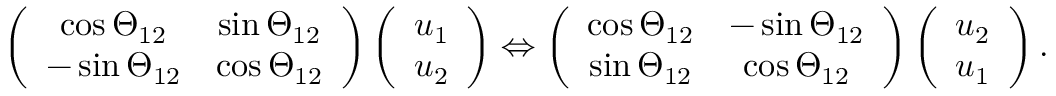
\begin{array} { r } { \left( \begin{array} { c c } { \cos \Theta _ { 1 2 } } & { \sin \Theta _ { 1 2 } } \\ { - \sin \Theta _ { 1 2 } } & { \cos \Theta _ { 1 2 } } \end{array} \right) \left( \begin{array} { c } { u _ { 1 } } \\ { u _ { 2 } } \end{array} \right) \Leftrightarrow \left( \begin{array} { c c } { \cos \Theta _ { 1 2 } } & { - \sin \Theta _ { 1 2 } } \\ { \sin \Theta _ { 1 2 } } & { \cos \Theta _ { 1 2 } } \end{array} \right) \left( \begin{array} { c } { u _ { 2 } } \\ { u _ { 1 } } \end{array} \right) . } \end{array}